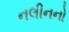
નલીનનો